Indian journal of veterinary science and animal husbandry - Volumes 26-27, 1956-1957
Year: 1956
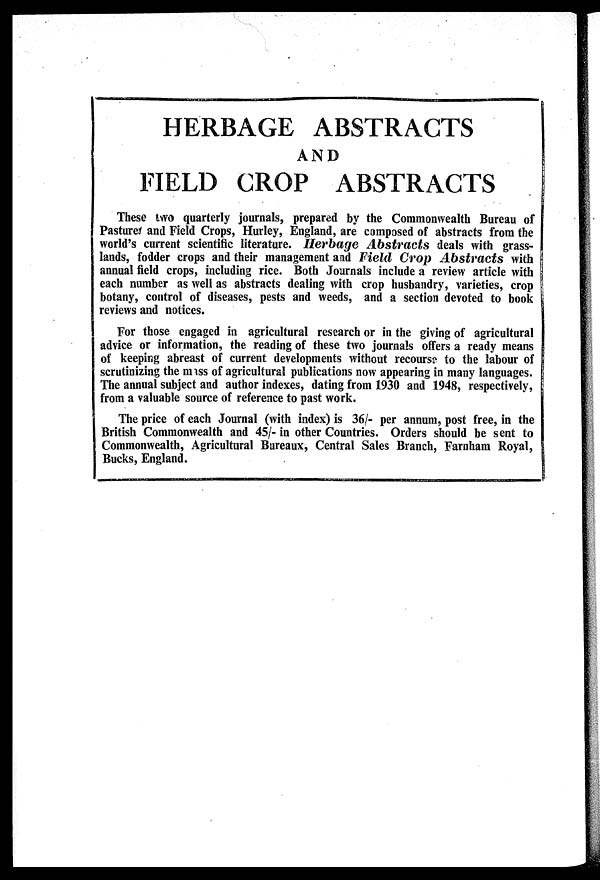
HERBAGE ABSTRACTS
AND
FIELD CROP ABSTRACTS
These two quarterly journals, prepared by the Commonwealth Bureau of
Pastured and Field Crops, Hurley, England, are composed of abstracts from the
world's current scientific literature. Herbage Abstracts deals with grass-
lands, fodder crops and their management and Field Crop Abstracts
with
annual field crops, including rice. Both Journals include a review article with
each number as well as abstracts dealing with crop husbandry, varieties, crop
botany, control of diseases, pests and weeds, and a section devoted to book
reviews and notices.
For those engaged in agricultural research or in the giving of agricultural
advice or information, the reading of these two journals offers a ready means
of keeping abreast of current developments without recourse to the labour of
scrutinizing the mass of agricultural publications now appearing in many languages.
The annual subject and author indexes, dating from 1930 and 1948, respectively,
from a valuable source of reference to past work.
The price of each Journal (with index) is 36/- per annum, post free, in the
British Commonwealth and 45/- in other Countries. Orders should be sent to
Commonwealth, Agricultural Bureaux, Central Sales Branch, Farnham Royal,
Bucks, England.